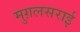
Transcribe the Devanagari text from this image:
मुग़लसराई